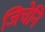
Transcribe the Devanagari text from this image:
जिचेनि